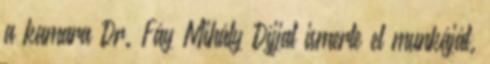
a kamara Dr. Fáy Mihály Díjjal ismerte el munkáját.